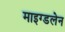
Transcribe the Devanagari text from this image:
माइग्डलेन